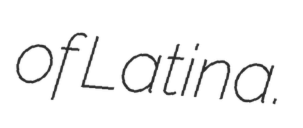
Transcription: of Latina.